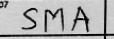
Transcription: SMA